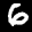
Label: 6